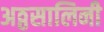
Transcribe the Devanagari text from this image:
अठ्ठसालिनी